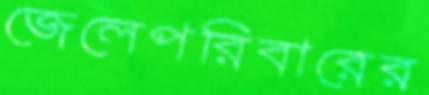
জেলেপরিবারের